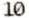
10